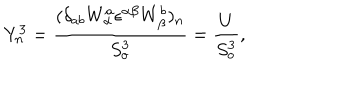
Y _ { n } ^ { 3 } = \frac { ( \delta _ { a b } W _ { \alpha } ^ { a } { \epsilon } ^ { \alpha \beta } W _ { \beta } ^ { b } ) _ { n } } { S _ { o } ^ { 3 } } = \frac { U } { S _ { o } ^ { 3 } } ,